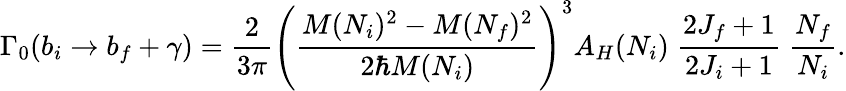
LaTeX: \Gamma_{0}(b_{i}\to b_{f}+\gamma)={\frac{2}{3\pi}}\left({\frac{M(N_{i})^{2}-M(N_{f})^{2}}{2\hbar M(N_{i})}}\right)^{3}A_{H}(N_{i})\; {\frac{2J_{f}+1}{2J_{i}+1}}\; {\frac{N_{f}}{N_{i}}}.